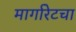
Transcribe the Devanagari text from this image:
मार्गारेटचा